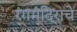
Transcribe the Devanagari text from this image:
रंगमंदिराचे